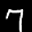
Label: 7